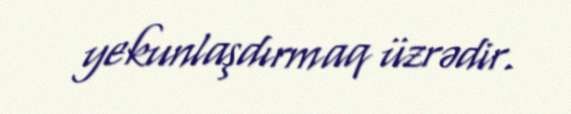
yekunlaşdırmaq üzrədir.